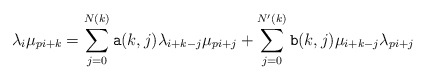
\begin{align*}\lambda_i\mu_{pi+k}=\sum_{j=0}^{N(k)} {\tt a}(k,j)\lambda_{i+k-j}\mu_{pi+j}+\sum_{j=0}^{N'(k)} {\tt b}(k,j)\mu_{i+k-j}\lambda_{pi+j}\end{align*}